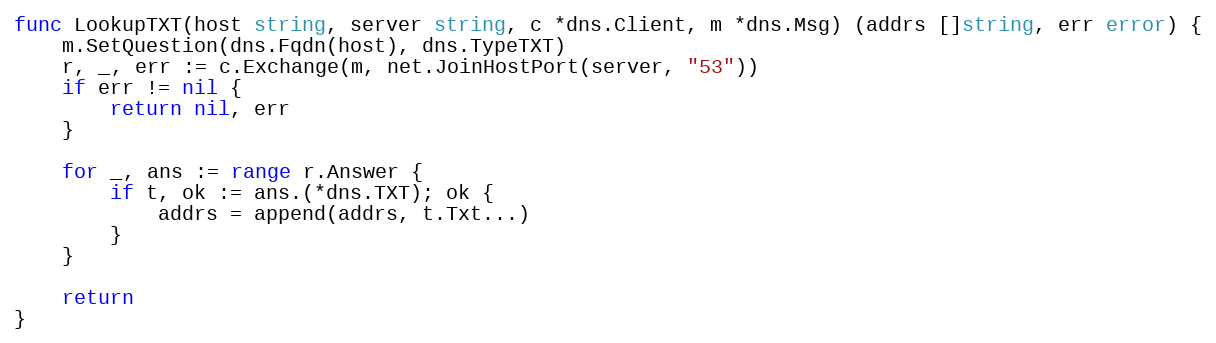
Language: Go
func LookupTXT(host string, server string, c *dns.Client, m *dns.Msg) (addrs []string, err error) {
	m.SetQuestion(dns.Fqdn(host), dns.TypeTXT)
	r, _, err := c.Exchange(m, net.JoinHostPort(server, "53"))
	if err != nil {
		return nil, err
	}

	for _, ans := range r.Answer {
		if t, ok := ans.(*dns.TXT); ok {
			addrs = append(addrs, t.Txt...)
		}
	}

	return
}